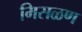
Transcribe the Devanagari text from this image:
मिसळण